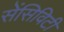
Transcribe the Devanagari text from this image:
सेंसिविटी